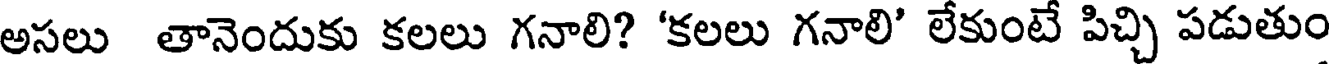
అసలు తానెందుకు కలలు గనాలి? 'కలలు గనాలి' లేకుంటే పిచ్చి పడుతుం